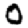
Digit: 0